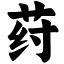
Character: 荮